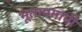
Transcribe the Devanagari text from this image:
भूतापमापी